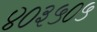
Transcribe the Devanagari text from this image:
४०३५०५